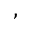
,